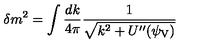
\delta m ^ { 2 } = \int \frac { d k } { 4 \pi } \frac { 1 } { \sqrt { k ^ { 2 } + U ^ { \prime \prime } ( \psi _ { \mathrm { V } } ) } }